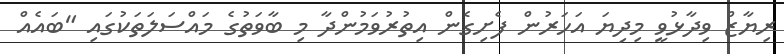
ރިޔާޒް ވިދާޅުވީ މިދިޔަ އަހަރުން ފެށިގެން އިތުރުވަމުންދާ މި ބާވަތުގެ މައްސަލަތަކުގައި "ބައެއް